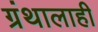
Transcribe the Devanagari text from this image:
ग्रंथालाही